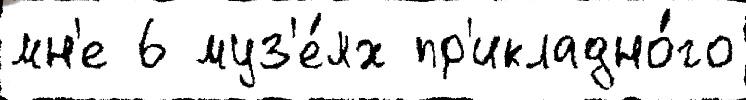
мн'е 6 муз'е́ях пр'икладно́го